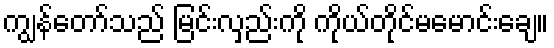
ကျွန်တော်သည် မြင်းလှည်းကို ကိုယ်တိုင်မမောင်းချေ။